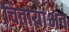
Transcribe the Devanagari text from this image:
चितायांभव